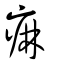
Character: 痲